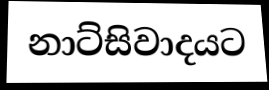
නාට්සිවාදයට